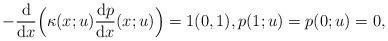
LaTeX: \begin{align*}-\frac{\mathrm d}{\mathrm{d} x} \Big(\kappa(x;u) \frac{\mathrm d p}{\mathrm d x} (x;u)\Big) = 1 (0,1), p(1;u) = p(0;u) = 0,\end{align*}